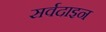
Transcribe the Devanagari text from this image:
सर्वदाइन